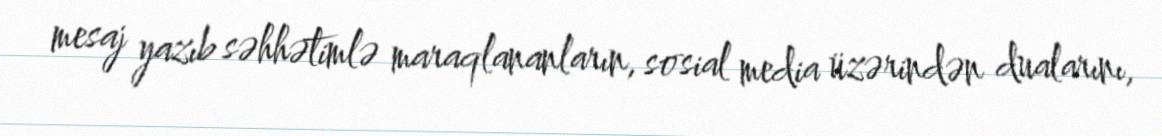
mesaj yazıb səhhətimlə maraqlananların, sosial media üzərindən dualarını,